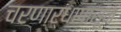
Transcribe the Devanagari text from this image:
चरणार्धापासून